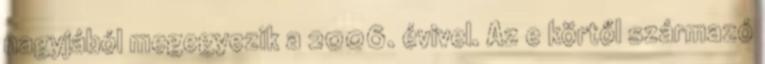
nagyjából megegyezik a 2006. évivel. Az e körtől származó